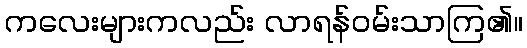
ကလေးများကလည်း လာရန်ဝမ်းသာကြ၏။